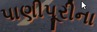
પાણીપૂરીના